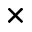
\times